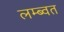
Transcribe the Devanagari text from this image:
लम्ब्वत